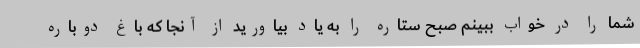
شما را در خواب ببینم صبح ستاره را به یاد بیاورید از آنجا که باغ دوباره